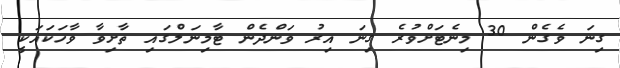
ގިނަ ވެގެން 30 މިނެޓަށްވުރެ ގިނަ އިރު ވަންދެން ޓާމިނަލްގައި ތާށިވާ ވާހަކައަކީ